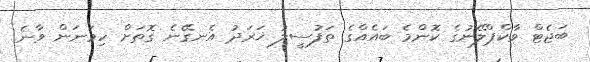
ބަޖެޓް ވާކްޕްލޭނުގެ ކޮންމެ ބައެއްގެ ތަފުސީލު ޚަރަދު އެނގޭނެ ގޮތަށް ހިމަނަން ވާނެ